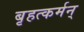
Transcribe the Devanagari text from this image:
बृहत्कर्मन्